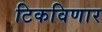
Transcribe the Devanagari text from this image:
टिकविणार